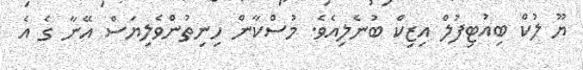
ޔޫ ލުކް ބިއުޓިފުލް އިޒިކް ބުނެލިއެވެ. މުސްކާން ހިނިތުންވެލިޔަސް އޭނާ ގެ އެ